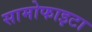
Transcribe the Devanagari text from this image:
सामोफाइटा